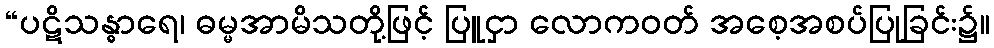
“ပဋိသန္ဓာရေ၊ ဓမ္မအာမိသတို့ဖြင့် ပြူငှာ လောကဝတ် အစေ့အစပ်ပြုခြင်း၌။